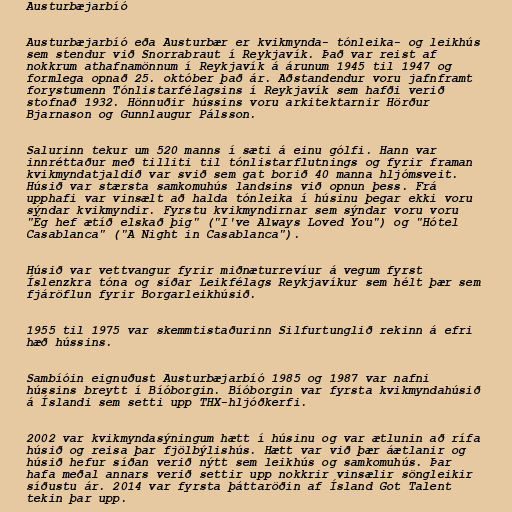
Austurbæjarbíó

Austurbæjarbíó eða Austurbær er kvikmynda- tónleika- og leikhús
sem stendur við Snorrabraut í Reykjavík. Það var reist af
nokkrum athafnamönnum í Reykjavík á árunum 1945 til 1947 og
formlega opnað 25. október það ár. Aðstandendur voru jafnframt
forystumenn Tónlistarfélagsins í Reykjavík sem hafði verið
stofnað 1932. Hönnuðir hússins voru arkitektarnir Hörður
Bjarnason og Gunnlaugur Pálsson.

Salurinn tekur um 520 manns í sæti á einu gólfi. Hann var
innréttaður með tilliti til tónlistarflutnings og fyrir framan
kvikmyndatjaldið var svið sem gat borið 40 manna hljómsveit.
Húsið var stærsta samkomuhús landsins við opnun þess. Frá
upphafi var vinsælt að halda tónleika í húsinu þegar ekki voru
sýndar kvikmyndir. Fyrstu kvikmyndirnar sem sýndar voru voru
"Ég hef ætíð elskað þig" ("I've Always Loved You") og "Hótel
Casablanca" ("A Night in Casablanca").

Húsið var vettvangur fyrir miðnæturrevíur á vegum fyrst
Íslenzkra tóna og síðar Leikfélags Reykjavíkur sem hélt þær sem
fjáröflun fyrir Borgarleikhúsið.

1955 til 1975 var skemmtistaðurinn Silfurtunglið rekinn á efri
hæð hússins.

Sambíóin eignuðust Austurbæjarbíó 1985 og 1987 var nafni
hússins breytt í Bíóborgin. Bíóborgin var fyrsta kvikmyndahúsið
á Íslandi sem setti upp THX-hljóðkerfi.

2002 var kvikmyndasýningum hætt í húsinu og var ætlunin að rífa
húsið og reisa þar fjölbýlishús. Hætt var við þær áætlanir og
húsið hefur síðan verið nýtt sem leikhús og samkomuhús. Þar
hafa meðal annars verið settir upp nokkrir vinsælir söngleikir
síðustu ár. 2014 var fyrsta þáttaröðin af Ísland Got Talent
tekin þar upp.